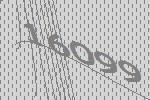
16099